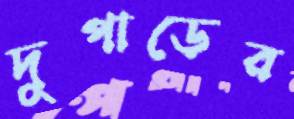
দুপাড়ের